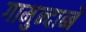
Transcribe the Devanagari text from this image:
गामुन्दाब्बे